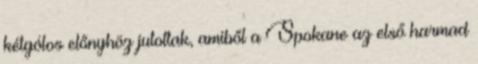
kétgólos előnyhöz jutottak, amiből a Spokane az első harmad